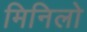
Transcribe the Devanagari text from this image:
मिनिलो